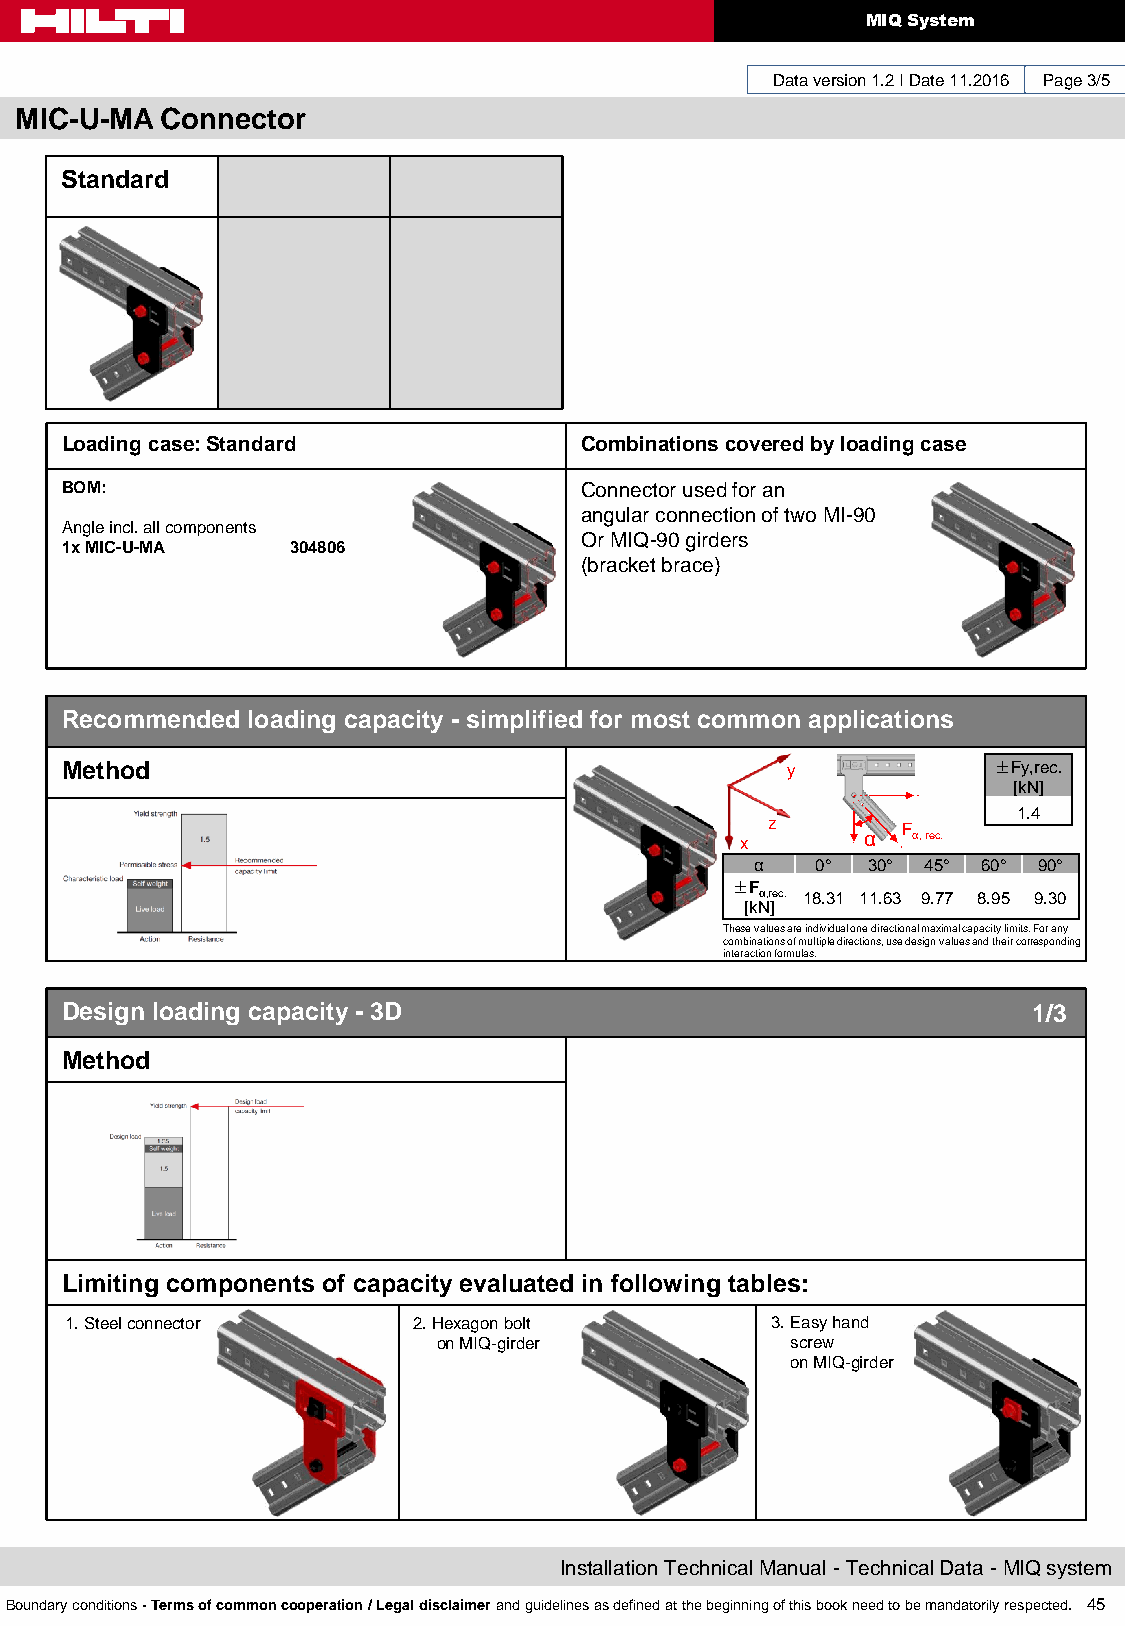
MIQ System
 Data version 1.2 I Date 11.2016 Page 3/5
 MIC-U-MA  Connector
 Standard
 Loading case: Standard            Combinations covered by loading case
 BOM:                              Connector used for an
 angular connection of two MI-90
 Angle incl. all components
 Or MIQ-90 girders
 1x MIC-U-MA    304806
 (bracket brace)
 Recommended loading capacity - simplified for most common applications
 Method                                          y             ±Fy,rec.
 [kN]
 1.4
 z        F
 x       α  α, rec.
 α   0° 30° 45° 60° 90°
 ±F
 α,rec. 18.31 11.63 9.77 8.95 9.30
 [kN]
 These values are individual one directional maximal capacity limits. For any
 combinations of multiple directions, use design values and their corresponding
 interaction formulas.
 Design loading capacity - 3D                                    1/3
 Method
 Limiting components of capacity evaluated in following tables:
 1. Steel connector     2. Hexagon bolt         3. Easy hand
 on MIQ-girder          screw
 on MIQ-girder
 Installation Technical Manual - Technical Data - MIQ system
 Boundary conditions - Terms of common cooperation / Legal disclaimer and guidelines as defined at the beginning of this book need to be mandatorily respected. 45